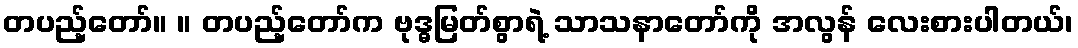
တပည့်တော်။ ။ တပည့်တော်က ဗုဒ္ဓမြတ်စွာရဲ့ သာသနာတော်ကို အလွန် လေးစားပါတယ်၊